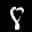
Label: 8